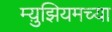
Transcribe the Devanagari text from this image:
म्य़ुझियमच्या